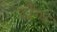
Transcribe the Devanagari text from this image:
दौग्ध